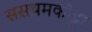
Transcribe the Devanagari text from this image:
ससथमकोट्टा